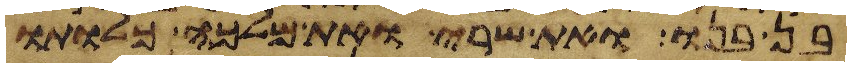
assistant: בן בנו ואת שרי ואת מלכה כלותו